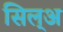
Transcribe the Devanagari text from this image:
सिल्‌अ